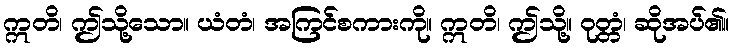
ဣတိ၊ ဤသို့သော။ ယံတံ၊ အကြင်စကားကို။ ဣတိ၊ ဤသို့။ ဝုတ္တံ၊ ဆိုအပ်၏။